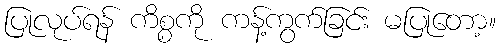
ပြုလုပ်ရန် ကိစ္စကို ကန့်ကွက်ခြင်း မပြုတော့။